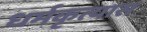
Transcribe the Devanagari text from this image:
धर्मकृत्यास